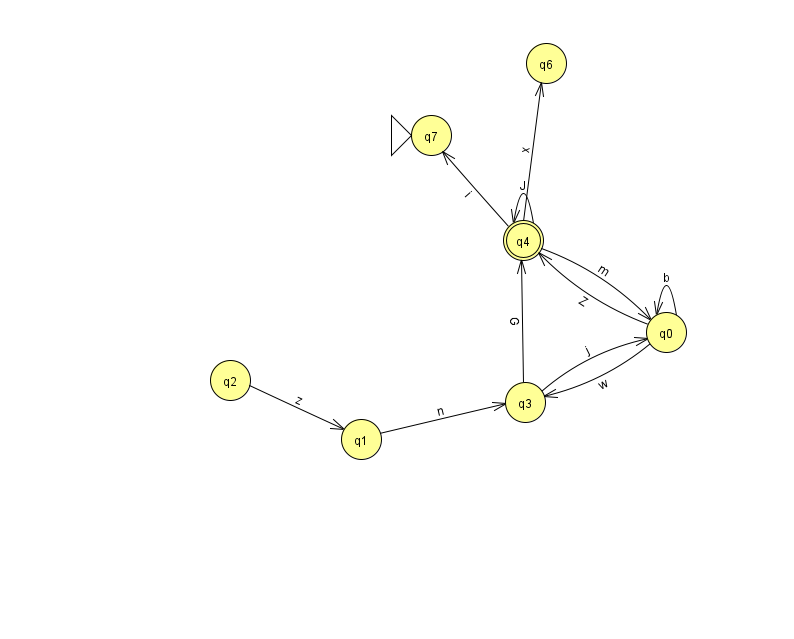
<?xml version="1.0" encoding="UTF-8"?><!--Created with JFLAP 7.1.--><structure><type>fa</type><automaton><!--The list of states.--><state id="0" name="q0"><x>666.0</x><y>319.0</y></state><state id="1" name="q1"><x>361.0</x><y>426.0</y></state><state id="2" name="q2"><x>230.0</x><y>367.0</y></state><state id="3" name="q3"><x>525.0</x><y>389.0</y></state><state id="4" name="q4"><x>523.0</x><y>227.0</y><final/></state><state id="6" name="q6"><x>546.0</x><y>50.0</y></state><state id="7" name="q7"><x>431.0</x><y>122.0</y><initial/></state><!--The list of transitions.--><transition><from>0</from><to>4</to><read>Z</read></transition><transition><from>0</from><to>0</to><read>b</read></transition><transition><from>3</from><to>0</to><read>j</read></transition><transition><from>3</from><to>4</to><read>G</read></transition><transition><from>4</from><to>0</to><read>m</read></transition><transition><from>4</from><to>7</to><read>i</read></transition><transition><from>4</from><to>6</to><read>x</read></transition><transition><from>4</from><to>4</to><read>J</read></transition><transition><from>1</from><to>3</to><read>n</read></transition><transition><from>0</from><to>3</to><read>w</read></transition><transition><from>2</from><to>1</to><read>z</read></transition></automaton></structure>